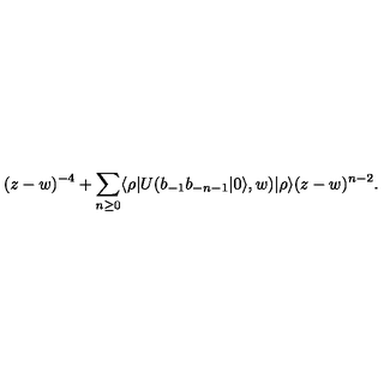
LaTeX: ( z - w ) ^ { - 4 } + \sum _ { n \geq 0 } \langle \rho | U ( b _ { - 1 } b _ { - n - 1 } | 0 \rangle , w ) | \rho \rangle ( z - w ) ^ { n - 2 } .